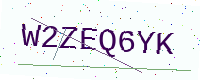
Text: W2ZEQ6YK